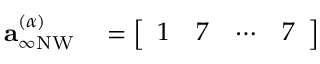
\begin{array} { r l } { \mathbf { a } _ { \infty \mathrm { N W } } ^ { ( \alpha ) } } & { { } = \left[ \begin{array} { l l l l } { 1 } & { 7 } & { \cdots } & { 7 } \end{array} \right] } \end{array}